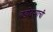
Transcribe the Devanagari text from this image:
वडोदऱ्याची